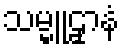
သမ္မူဠှာနံ